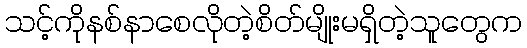
သင့်ကိုနစ်နာစေလိုတဲ့စိတ်မျိုးမရှိတဲ့သူတွေက